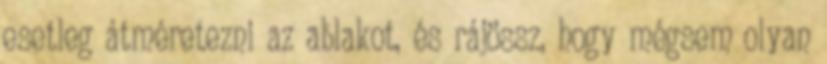
esetleg átméretezni az ablakot, és rájössz, hogy mégsem olyan